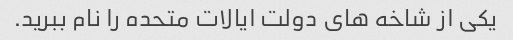
یکی از شاخه های دولت ایالات متحده را نام ببرید.